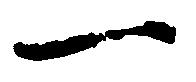
一